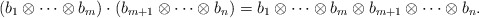
\begin{align*}(b_1 \otimes \cdots \otimes b_m) \cdot (b_{m+1} \otimes \cdots \otimes b_n)=b_1 \otimes \cdots \otimes b_{m} \otimes b_{m+1} \otimes \cdots \otimes b_n. \end{align*}